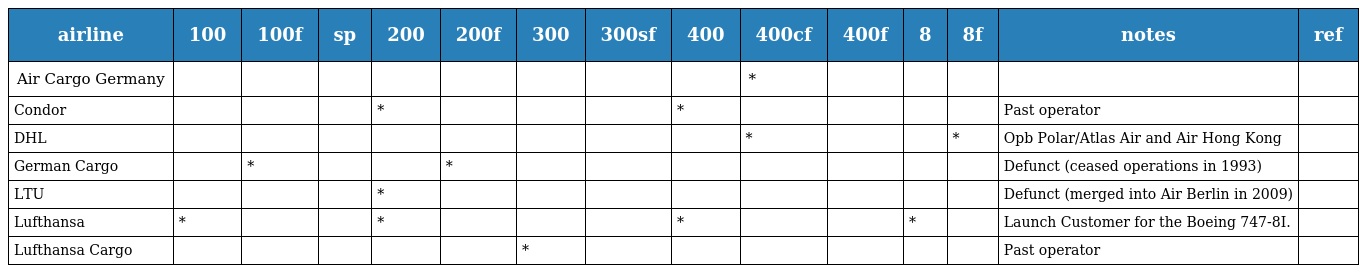
| airline | 100 | 100f | sp | 200 | 200f | 300 | 300sf | 400 | 400cf | 400f | 8 | 8f | notes | ref |
 | --- | --- | --- | --- | --- | --- | --- | --- | --- | --- | --- | --- | --- | --- | --- |
 | Air Cargo Germany |  |  |  |  |  |  |  |  | * |  |  |  |  |  |
 | Condor |  |  |  | * |  |  |  | * |  |  |  |  | Past operator |  |
 | DHL |  |  |  |  |  |  |  |  | * |  |  | * | Opb Polar/Atlas Air and Air Hong Kong |  |
 | German Cargo |  | * |  |  | * |  |  |  |  |  |  |  | Defunct (ceased operations in 1993) |  |
 | LTU |  |  |  | * |  |  |  |  |  |  |  |  | Defunct (merged into Air Berlin in 2009) |  |
 | Lufthansa | * |  |  | * |  |  |  | * |  |  | * |  | Launch Customer for the Boeing 747-8I. |  |
 | Lufthansa Cargo |  |  |  |  |  | * |  |  |  |  |  |  | Past operator |  |